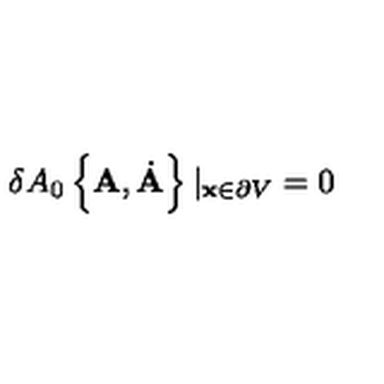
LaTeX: \delta A _ { 0 } \left\{ { \bf A } , \dot { { \bf A } } \right\} | _ { { \bf x } \in \partial V } = 0